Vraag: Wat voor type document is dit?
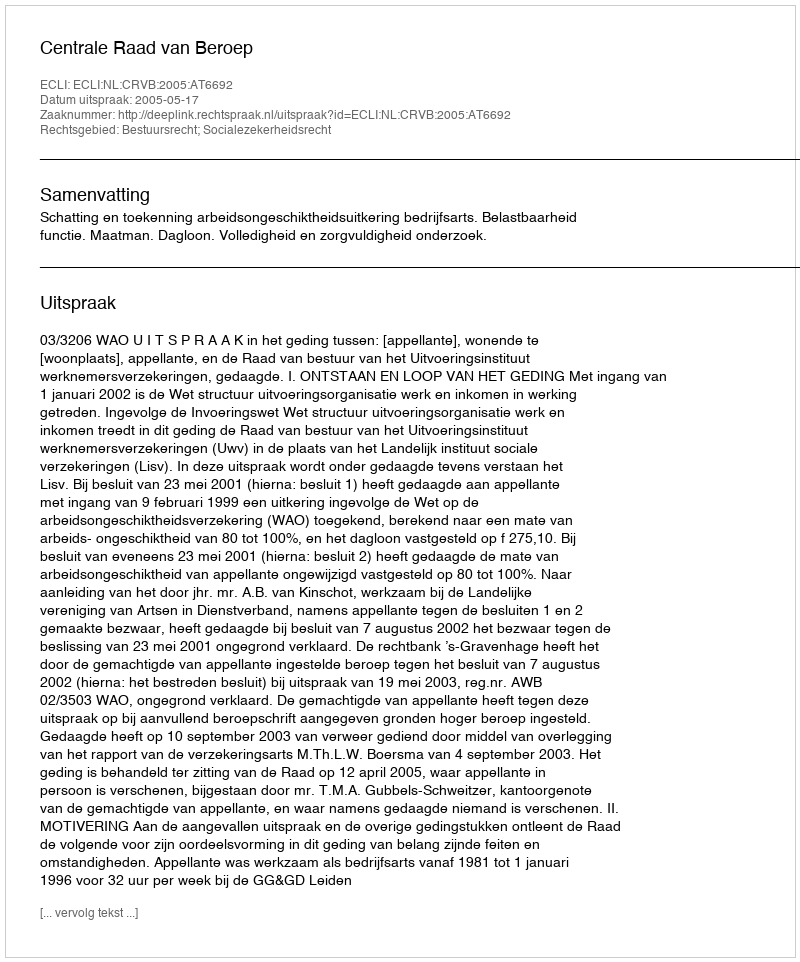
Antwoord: Uitspraak